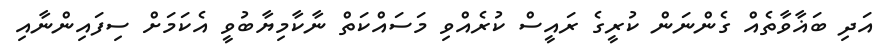
އަދި ބަޣާވާތެއް ގެންނަން ކުރީގެ ރައީސް ކުރެއްވި މަސައްކަތް ނާކާމިޔާބުވީ އެކަމަށް ސިފައިންނާއި